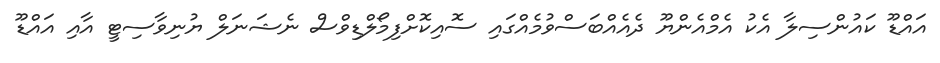
އައްޑޫ ކައުންސިލާ އެކު އެމްއެންޔޫ ދެއެއްބަސްވުމެއްގައި ސޮއިކޮށްފިމޯލްޑިވްސް ނެޝަނަލް ޔުނިވާސިޓީ އާއި އައްޑޫ